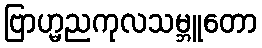
ဗြာဟ္မညကုလသမ္ဘူတော